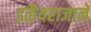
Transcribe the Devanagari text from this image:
इळैयराजाने